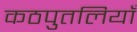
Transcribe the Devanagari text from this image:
कठपुतलियाँ